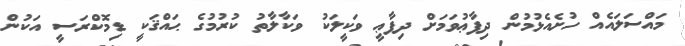
މައްސަލައެއް ހުށެއެޅުމުން ދިފާޢުވަމަށް ދިފާޢީ ވަކީލަކު ވަކާލާތު ކުރުމުގެ ޙައްޤަކީ ޑިމޮކްރަސީ އަކުން